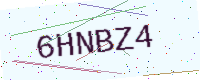
Text: 6HNBZ4